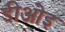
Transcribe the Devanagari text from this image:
डीओइ